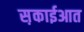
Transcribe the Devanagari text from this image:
स़काईआत